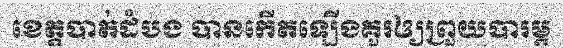
ខេត្តបាត់ដំបង បានកើតឡើងគួរឲ្យព្រួយបារម្ភ